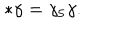
\ast \gamma = \gamma _ { 5 } \gamma .